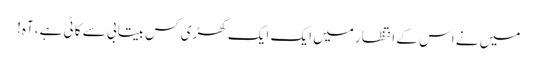
میں نے اس کے انتظار میں ایک ایک گھڑی کس بیتابی سے کاٹی ہے، آہ!